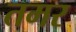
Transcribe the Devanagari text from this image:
तमर